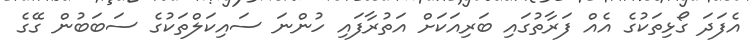
އެފަދަ ގޯޅިތަކުގެ އެއް ފަރާތުގައި ބަރިއަކަށް އަތުރާފައި ހުންނަ ސައިކަލްތަކުގެ ސަބަބުން ގޭގެ